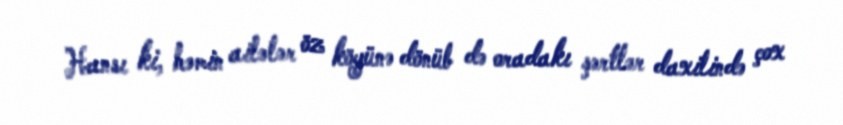
Hansı ki, həmin ailələr öz köyünə dönüb də oradakı şərtlər daxilində çox